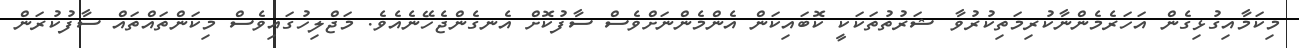
މިކަމާއިގުޅިގެން އަހަރެމެންނާކުރިމަތިކުރުވާ ޝަރުތުތަކަކީ ކޮބައިކަން އެންމެންނަށްވެސް ސާފުކޮށް އެނގެންޖެހޭނެއެވެ. މަޖްލިހުގައިވެސް މިކަންތައްތައް ސާފުކުރަން